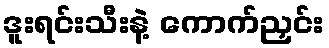
ဒူးရင်းသီးနဲ့ ကောက်ညှင်း